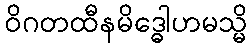
ဝိဂတထီနမိဒ္ဓေါဟမသ္မိ